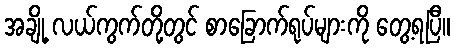
အချို့ လယ်ကွက်တို့တွင် စာခြောက်ရုပ်များကို တွေ့ရပြီ။